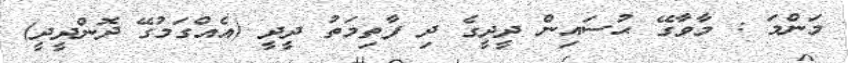
މަންމަ : މާވާގޭ ޙުސައިން ދީދީގެ ދި ފާތިމަތު ދީދީ (އެއްގަމުގޭ ދޮންދީދީ)